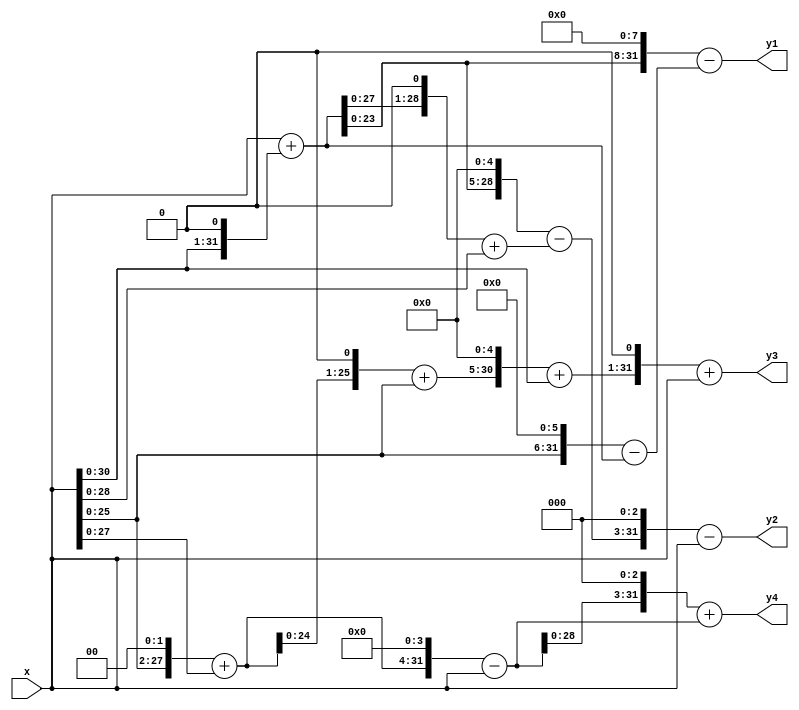
module BhmBern(y1,y2,y3,y4,x);
input [31:0]x;
output [31:0]y1,y2,y3,y4;
reg [31:0] a;
reg [31:0] b;
reg [31:0] c;
reg [31:0] d;
always@(x) begin 
  a=x+(x<<1);
  a= (a<<8)-((x<<6)-a);//multiply by 707
  
  b=x+(x<<1);
  b=({(b<<5)-((b<<1)+x)}<<3)-x;//multiply by 711
  
  //upto this is for BHM algorithm
  
  //from here BERN algorithm
  c=   (((((((x<<2)+x)<<1)+x)<<5)+x)<<1)+x;//multiply by 707
  
  
  d= ((((x<<2)+x)<<4)-x);
  d=(d<<3)+d;//multiply by 711
  
end
assign y1=a;
assign y2=b;
assign y3=c;
assign y4=d;
endmodule